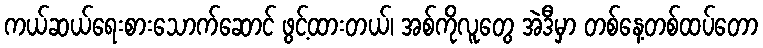
ကယ်ဆယ်ရေးစားသောက်ဆောင် ဖွင့်ထားတယ်၊ အစ်ကိုလူတွေ အဲဒီမှာ တစ်နေ့တစ်ထပ်တော